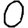
Digit: 0